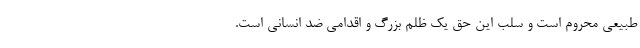
طبیعی محروم است و سلب این حق یک ظلم بزرگ و اقدامی ضد انسانی است.